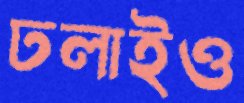
ঢলাইও